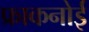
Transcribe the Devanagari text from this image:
फ्राकनोई